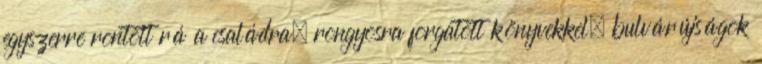
egyszerre rontott rá a családra, rongyosra forgatott könyvekkel, bulvárújságok